Scientific memoirs by medical officers of the Army of India - Part IV,
Year: 1889
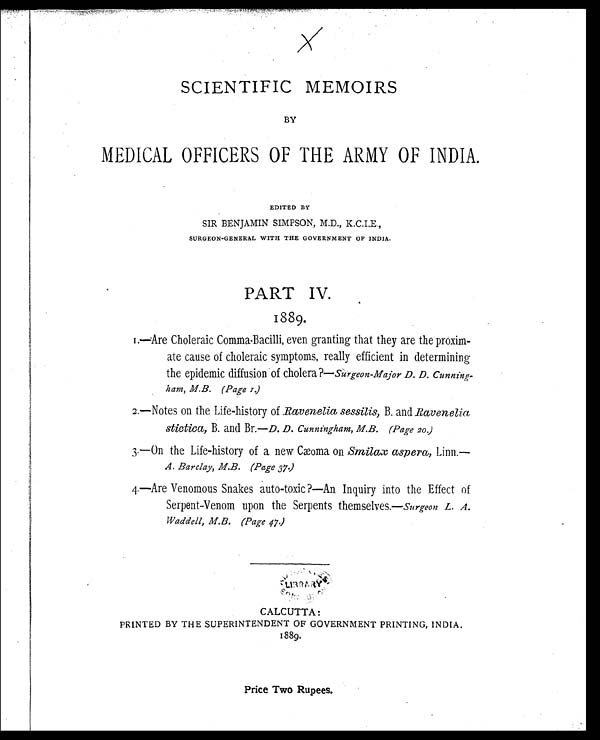
X
SCIENTIFIC MEMOIRS
BY
MEDICAL OFFICERS OF THE ARMY OF INDIA.
EDITED BY
SIR BENJAMIN SIMPSON, M.D., K.C.I.E.,
SURGEON-GENERAL WITH THE GOVERNMENT OF INDIA.
PART IV.
1889.
1.—Are Choleraic Comma-Bacilli, even granting that they are the proxim
-ate cause of choleraic symptoms, really efficient in determining
the epidemic diffusion of cholera?— Surgeon-Major D. D. Cunning
-ham, M.B. (Page 1.)
2.—Notes on the Life-history of Ravenelia sessilis, B. and Ravenelia
stictica, B. and Br.—D. D. Cunningham, M.B. (Page 20.)
3.—On the Life-history of a new Cæoma on Smilax aspera, Linn.—
A. Barclay, M.B. (Page 37.)
4.—Are Venomous Snakes auto-toxic?—An. Inquiry into the Effect of
Serpent-Venom upon the Serpents themselves.—Surgeon L. A.
Waddell, M.B. (Page 47.)
CALCUTTA:
PRINTED BY THE SUPERINTENDENT OF GOVERNMENT PRINTING, INDIA.
1889.
Price Two Rupees.